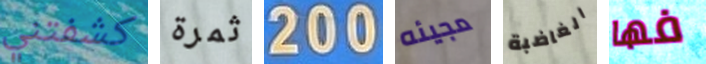
كشفتني ثمرة 200 مجيئه الغاضبة فها